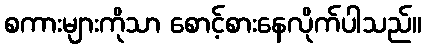
စကားများကိုသာ စောင့်စားနေလိုက်ပါသည်။